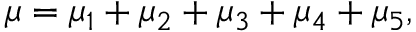
\mu = \mu _ { 1 } + \mu _ { 2 } + \mu _ { 3 } + \mu _ { 4 } + \mu _ { 5 } ,